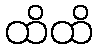
ထိထိ